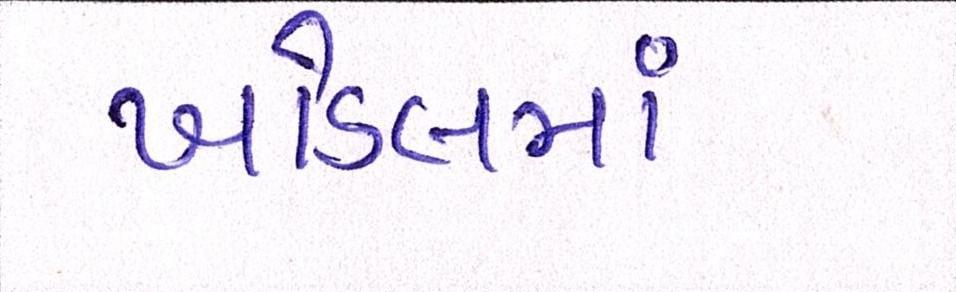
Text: ખોડલમા